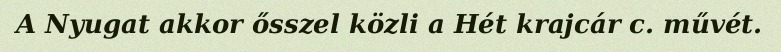
A Nyugat akkor ősszel közli a Hét krajcár c. művét.